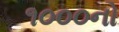
૧૦૦૦નો